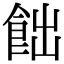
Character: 飿